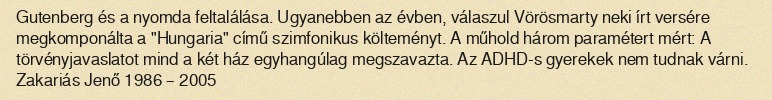
Gutenberg és a nyomda feltalálása. Ugyanebben az évben, válaszul Vörösmarty neki írt versére megkomponálta a "Hungaria" című szimfonikus költeményt. A műhold három paramétert mért: A törvényjavaslatot mind a két ház egyhangúlag megszavazta. Az ADHD-s gyerekek nem tudnak várni. Zakariás Jenő 1986 – 2005